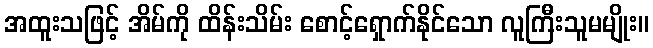
အထူးသဖြင့် အိမ်ကို ထိန်းသိမ်း စောင့်ရှောက်နိုင်သော လူကြီးသူမမျိုး။